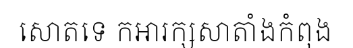
សោតទេ កអារក្សសាតាំងកំពុង